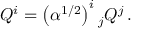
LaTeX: Q ^ { i } = \left( \alpha ^ { 1 / 2 } \right) ^ { i } { } _ { j } Q ^ { j } \, .